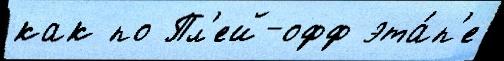
как по Пл'ей-офф эта́п'е